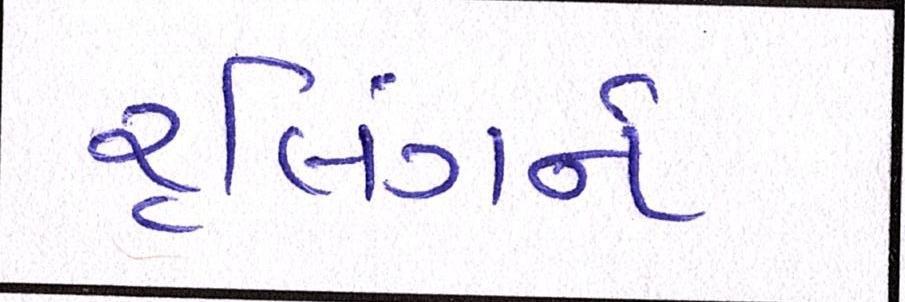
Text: રૃલિંગને